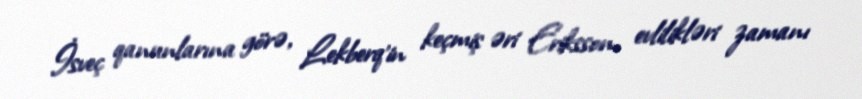
İsveç qanunlarına görə, Lekberq'in keçmiş əri Eriksson, evlilikləri zamanı